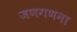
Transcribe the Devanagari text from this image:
जणगणना